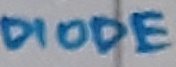
Text: DIODE